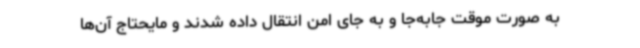
به صورت موقت جابه‌جا و به جای امن انتقال داده شدند و مایحتاج آن‌ها